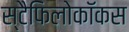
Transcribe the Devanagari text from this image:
स्टैफिलोकॉकस